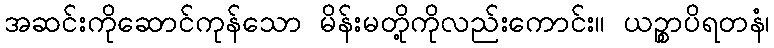
အဆင်းကိုဆောင်ကုန်သော မိန်းမတို့ကိုလည်းကောင်း။ ယဉ္စာပိရတနံ၊